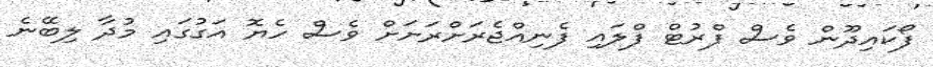
ފޯކައިދޫން ވެސް ފްރުޓް ފްލައި ފެނިއްޖެރަށްރަށަށް ވެސް ހެޔޮ އަގުގައި މުދާ ލިބޭނެ